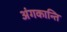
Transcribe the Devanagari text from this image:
अंगकान्ति